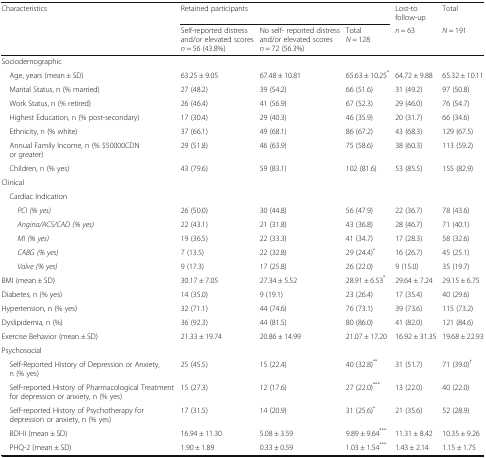
<table><thead><tr><td><b>Characteristics</b></td><td colspan="3"><b>Retained participants</b></td><td><b>Lost-to follow-up</b></td><td><b>Total</b></td></tr><tr><td></td><td><b>Self-reported distress and/or elevated scores <i>n</i> = 56 (43.8%)</b></td><td><b>No self- reported distress and/or elevated scores <i>n</i> = 72 (56.3%)</b></td><td><b>Total<i>N</i> = 128</b></td><td><b><i>n</i> = 63</b></td><td><b><i>N</i> = 191</b></td></tr></thead><tbody><tr><td colspan="6">Sociodemographic</td></tr><tr><td> Age, years (mean ± SD)</td><td>63.25 ± 9.05</td><td>67.48 ± 10.81</td><td>65.63 ± 10.25<sup>*</sup></td><td>64.72 ± 9.88</td><td>65.32 ± 10.11</td></tr><tr><td> Marital Status, n (% married)</td><td>27 (48.2)</td><td>39 (54.2)</td><td>66 (51.6)</td><td>31 (49.2)</td><td>97 (50.8)</td></tr><tr><td> Work Status, n (% retired)</td><td>26 (46.4)</td><td>41 (56.9)</td><td>67 (52.3)</td><td>29 (46.0)</td><td>76 (54.7)</td></tr><tr><td> Highest Education, n (% post-secondary)</td><td>17 (30.4)</td><td>29 (40.3)</td><td>46 (35.9)</td><td>20 (31.7)</td><td>66 (34.6)</td></tr><tr><td> Ethnicity, n (% white)</td><td>37 (66.1)</td><td>49 (68.1)</td><td>86 (67.2)</td><td>43 (68.3)</td><td>129 (67.5)</td></tr><tr><td> Annual Family Income, n (% $50000CDN or greater)</td><td>29 (51.8)</td><td>46 (63.9)</td><td>75 (58.6)</td><td>38 (60.3)</td><td>113 (59.2)</td></tr><tr><td> Children, n (% yes)</td><td>43 (79.6)</td><td>59 (83.1)</td><td>102 (81.6)</td><td>53 (85.5)</td><td>155 (82.9)</td></tr><tr><td colspan="6">Clinical</td></tr><tr><td colspan="6"> Cardiac Indication</td></tr><tr><td><i>PCI (% yes)</i></td><td>26 (50.0)</td><td>30 (44.8)</td><td>56 (47.9)</td><td>22 (36.7)</td><td>78 (43.6)</td></tr><tr><td><i>Angina/ACS/CAD (% yes)</i></td><td>22 (43.1)</td><td>21 (31.8)</td><td>43 (36.8)</td><td>28 (46.7)</td><td>71 (40.1)</td></tr><tr><td><i>MI (% yes)</i></td><td>19 (36.5)</td><td>22 (33.3)</td><td>41 (34.7)</td><td>17 (28.3)</td><td>58 (32.6)</td></tr><tr><td><i>CABG (% yes)</i></td><td>7 (13.5)</td><td>22 (32.8)</td><td>29 (24.4)<sup>*</sup></td><td>16 (26.7)</td><td>45 (25.1)</td></tr><tr><td><i>Valve (% yes)</i></td><td>9 (17.3)</td><td>17 (25.8)</td><td>26 (22.0)</td><td>9 (15.0)</td><td>35 (19.7)</td></tr><tr><td>BMI (mean ± SD)</td><td>30.17 ± 7.05</td><td>27.34 ± 5.52</td><td>28.91 ± 6.53<sup>*</sup></td><td>29.64 ± 7.24</td><td>29.15 ± 6.75</td></tr><tr><td>Diabetes, n (% yes)</td><td>14 (35.0)</td><td>9 (19.1)</td><td>23 (26.4)</td><td>17 (35.4)</td><td>40 (29.6)</td></tr><tr><td>Hypertension, n (% yes)</td><td>32 (71.1)</td><td>44 (74.6)</td><td>76 (73.1)</td><td>39 (73.6)</td><td>115 (73.2)</td></tr><tr><td>Dyslipidemia, n (%)</td><td>36 (92.3)</td><td>44 (81.5)</td><td>80 (86.0)</td><td>41 (82.0)</td><td>121 (84.6)</td></tr><tr><td>Exercise Behavior (mean ± SD)</td><td>21.33 ± 19.74</td><td>20.86 ± 14.99</td><td>21.07 ± 17.20</td><td>16.92 ± 31.35</td><td>19.68 ± 22.93</td></tr><tr><td colspan="6">Psychosocial</td></tr><tr><td> Self-Reported History of Depression or Anxiety, n (% yes)</td><td>25 (45.5)</td><td>15 (22.4)</td><td>40 (32.8)<sup>**</sup></td><td>31 (51.7)</td><td>71 (39.0)<sup>†</sup></td></tr><tr><td> Self-reported History of Pharmacological Treatment for depression or anxiety, n (% yes)</td><td>15 (27.3)</td><td>12 (17.6)</td><td>27 (22.0)<sup>***</sup></td><td>13 (22.0)</td><td>40 (22.0)</td></tr><tr><td> Self-reported History of Psychotherapy for depression or anxiety, n (% yes)</td><td>17 (31.5)</td><td>14 (20.9)</td><td>31 (25.6)<sup>*</sup></td><td>21 (35.6)</td><td>52 (28.9)</td></tr><tr><td> BDI-II (mean ± SD)</td><td>16.94 ± 11.30</td><td>5.08 ± 3.59</td><td>9.89 ± 9.64<sup>***</sup></td><td>11.31 ± 8.42</td><td>10.35 ± 9.26</td></tr><tr><td> PHQ-2 (mean ± SD)</td><td>1.90 ± 1.89</td><td>0.33 ± 0.59</td><td>1.03 ± 1.54<sup>***</sup></td><td>1.43 ± 2.14</td><td>1.15 ± 1.75</td></tr></tbody></table>